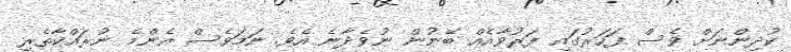
ކުދިންނަށް ވެސް ފަހަރުގައި ފަރުވާއެއް ބޭނުން ނުވެދާނެ އެވެ. ނަމަވެސް އެންމެ ނުރައްކާތެރި